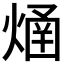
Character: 𤌐